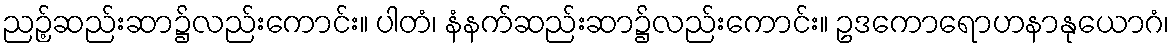
ညဉ့်ဆည်းဆာ၌လည်းကောင်း။ ပါတံ၊ နံနက်ဆည်းဆာ၌လည်းကောင်း။ ဥဒကောရောဟနာနုယောဂံ၊